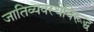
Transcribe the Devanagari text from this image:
जातिव्यवस्थेविरूद्ध